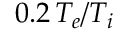
0 . 2 \, T _ { e } / T _ { i }